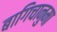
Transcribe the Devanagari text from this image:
बागिचानुमा